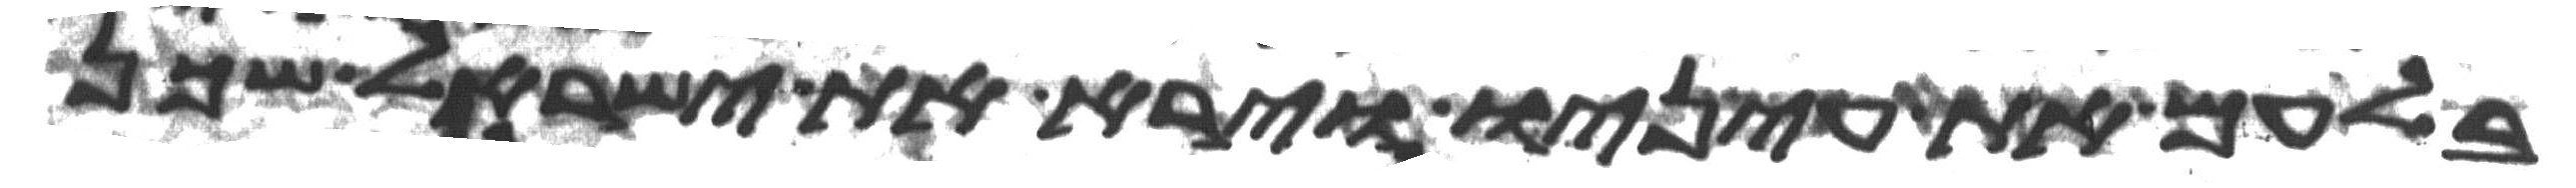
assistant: בלעם את עיניו וירא את ישראל שכן